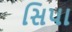
સિપા